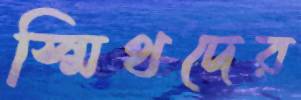
স্মিথদের